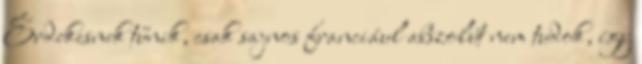
Érdekesnek tűnik, csak sajnos franciául abszolút nem tudok, így